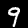
Label: 9